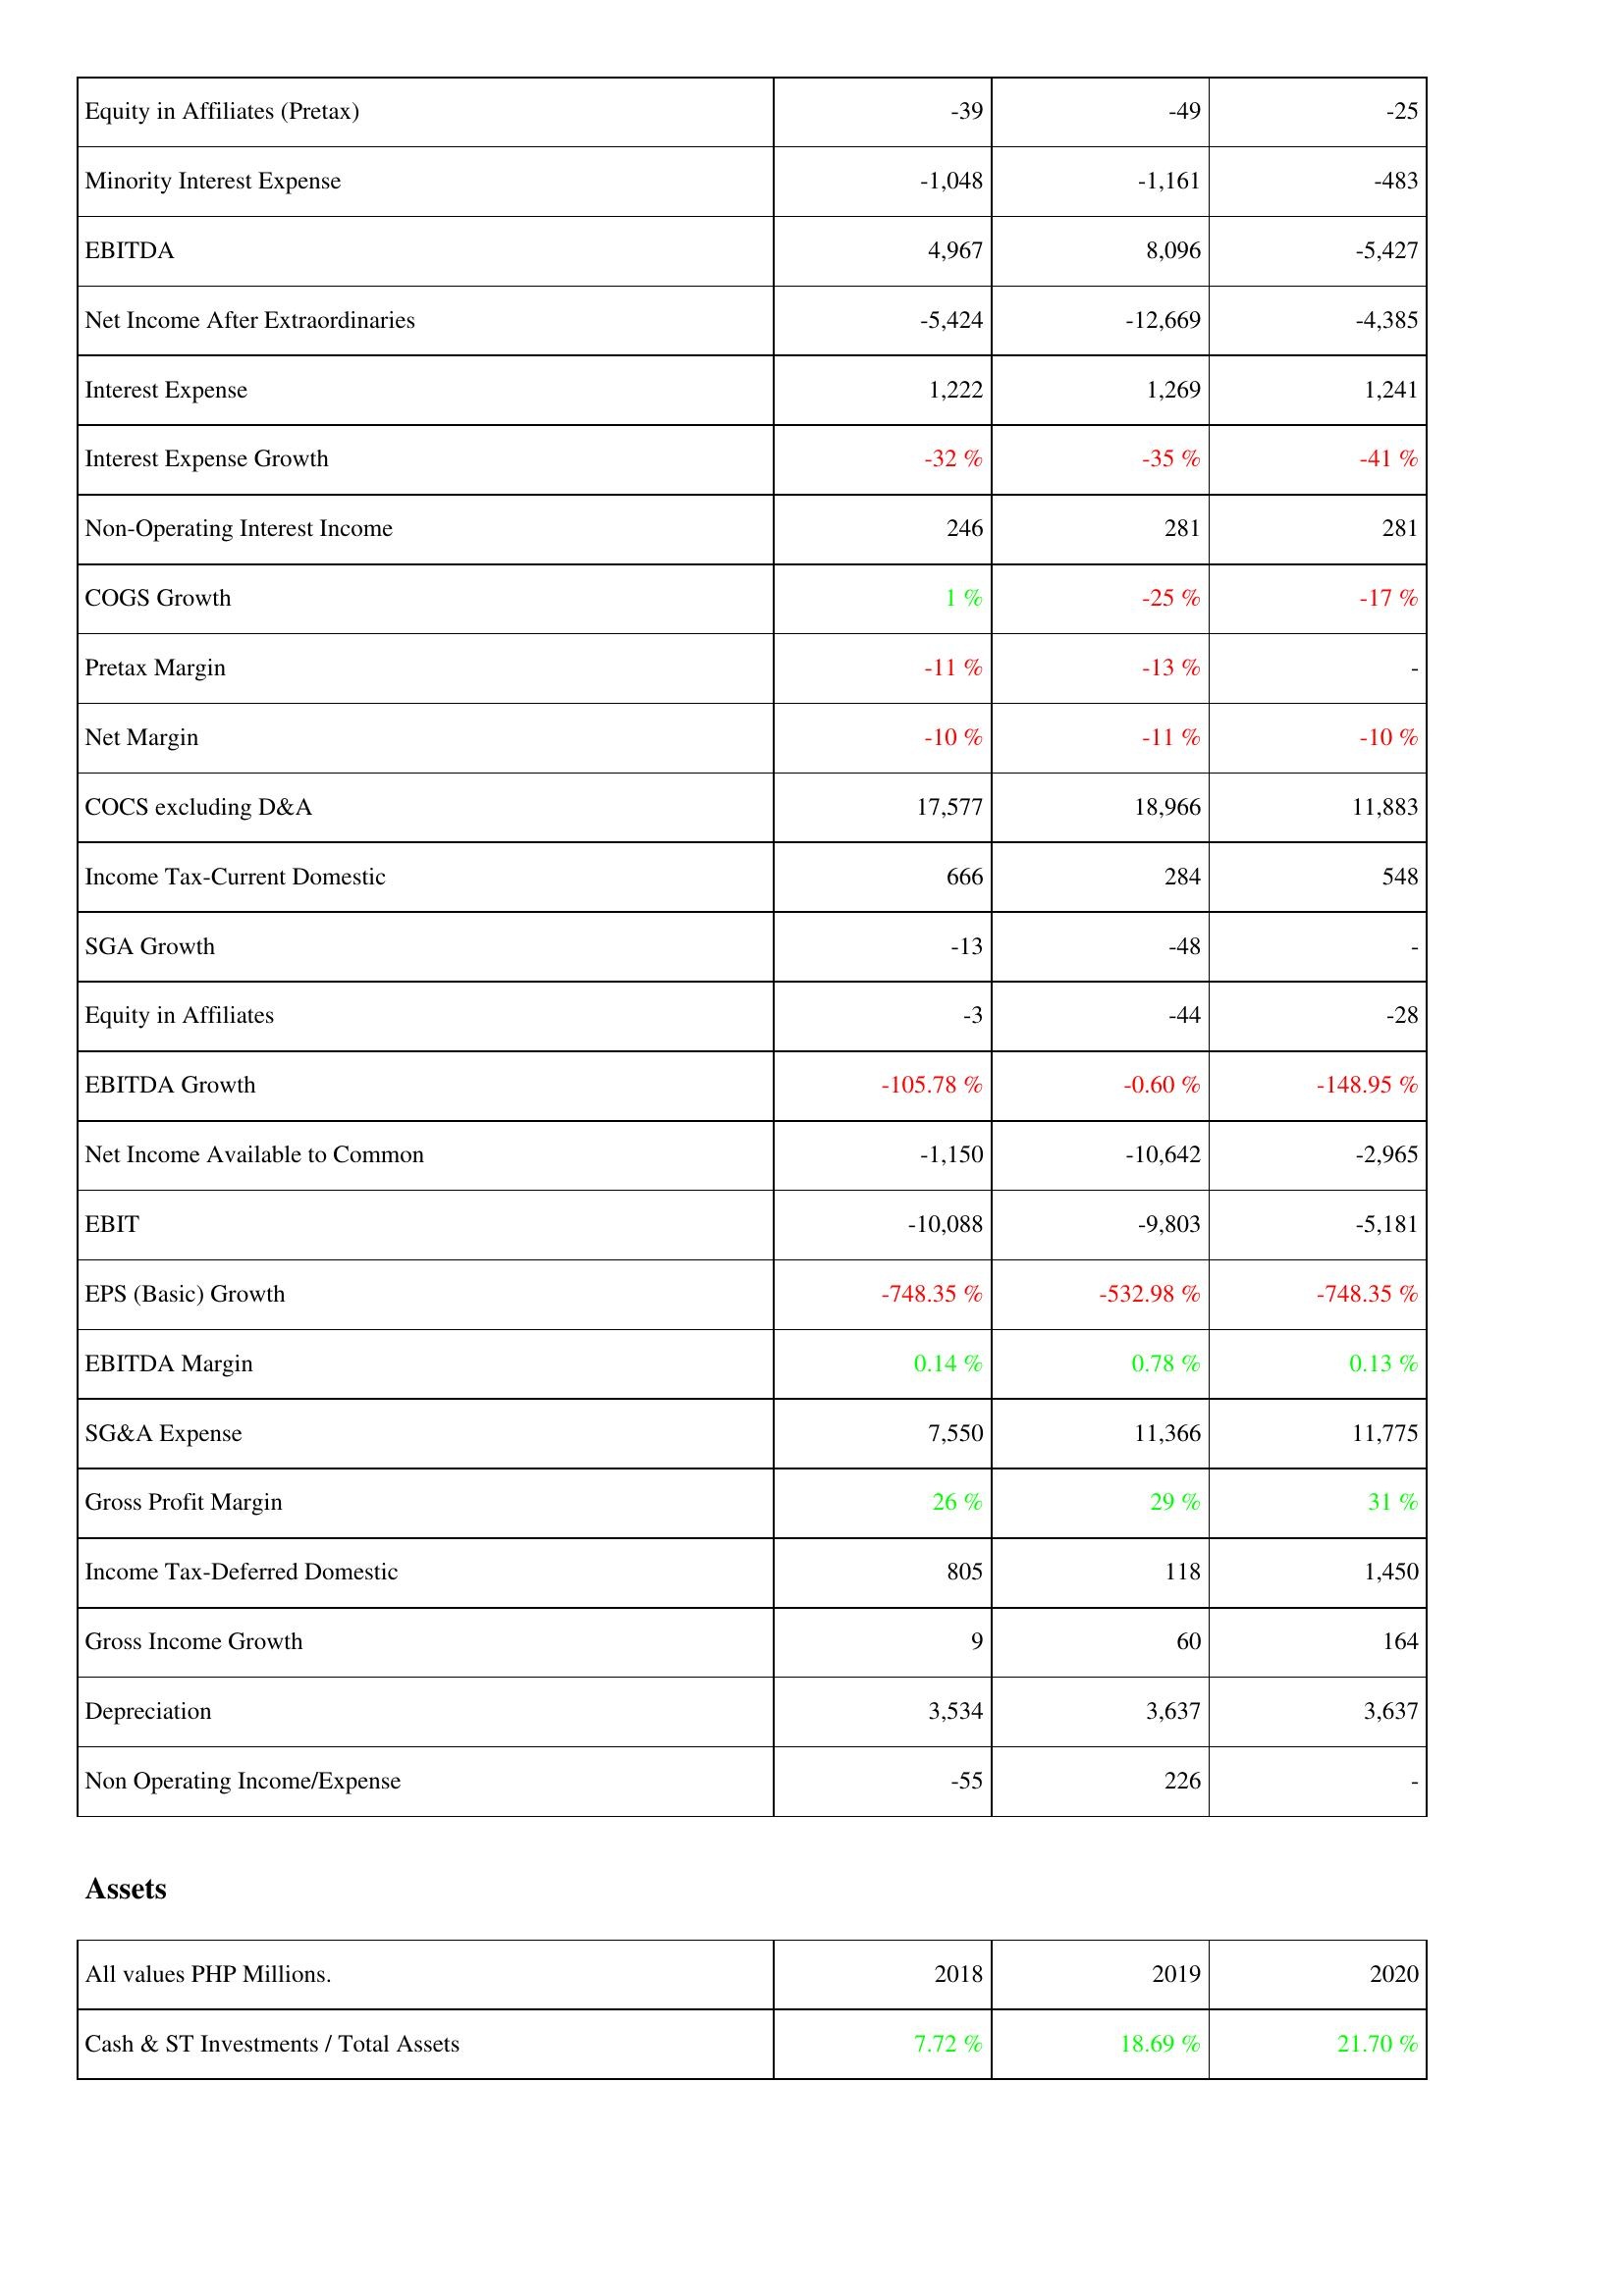
2018: Income Statement: Equity in Affiliates (Pretax): -39
Minority Interest Expense: -1,048
EBITDA: 4,967
Net Income After Extraordinaries: -5,424
Interest Expense: 1,222
Interest Expense Growth: -32 %
Non-Operating Interest Income: 246
COGS Growth: 1 %
Pretax Margin: -11 %
Net Margin: -10 %
COCS excluding D&A: 17,577
Income Tax-Current Domestic: 666
SGA Growth: -13
Equity in Affiliates: -3
EBITDA Growth: -105.78 %
Net Income Available to Common: -1,150
EBIT: -10,088
EPS (Basic) Growth: -748.35 %
EBITDA Margin: 0.14 %
SG&A Expense: 7,550
Gross Profit Margin: 26 %
Income Tax-Deferred Domestic: 805
Gross Income Growth: 9
Depreciation: 3,534
Non Operating Income/Expense: -55
Assets: Cash & ST Investments / Total Assets: 7.72 %
2019: Income Statement: Equity in Affiliates (Pretax): -49
Minority Interest Expense: -1,161
EBITDA: 8,096
Net Income After Extraordinaries: -12,669
Interest Expense: 1,269
Interest Expense Growth: -35 %
Non-Operating Interest Income: 281
COGS Growth: -25 %
Pretax Margin: -13 %
Net Margin: -11 %
COCS excluding D&A: 18,966
Income Tax-Current Domestic: 284
SGA Growth: -48
Equity in Affiliates: -44
EBITDA Growth: -0.60 %
Net Income Available to Common: -10,642
EBIT: -9,803
EPS (Basic) Growth: -532.98 %
EBITDA Margin: 0.78 %
SG&A Expense: 11,366
Gross Profit Margin: 29 %
Income Tax-Deferred Domestic: 118
Gross Income Growth: 60
Depreciation: 3,637
Non Operating Income/Expense: 226
Assets: Cash & ST Investments / Total Assets: 18.69 %
2020: Income Statement: Equity in Affiliates (Pretax): -25
Minority Interest Expense: -483
EBITDA: -5,427
Net Income After Extraordinaries: -4,385
Interest Expense: 1,241
Interest Expense Growth: -41 %
Non-Operating Interest Income: 281
COGS Growth: -17 %
Pretax Margin: -
Net Margin: -10 %
COCS excluding D&A: 11,883
Income Tax-Current Domestic: 548
SGA Growth: -
Equity in Affiliates: -28
EBITDA Growth: -148.95 %
Net Income Available to Common: -2,965
EBIT: -5,181
EPS (Basic) Growth: -748.35 %
EBITDA Margin: 0.13 %
SG&A Expense: 11,775
Gross Profit Margin: 31 %
Income Tax-Deferred Domestic: 1,450
Gross Income Growth: 164
Depreciation: 3,637
Non Operating Income/Expense: -
Assets: Cash & ST Investments / Total Assets: 21.70 %